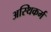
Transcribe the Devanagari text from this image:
अस्थिकर्म